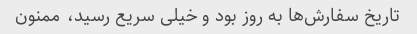
تاریخ سفارش‌ها به روز بود و خیلی سریع رسید، ممنون